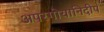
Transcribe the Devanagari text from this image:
अपरगोयानिदीपं